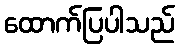
ထောက်ပြပါသည်